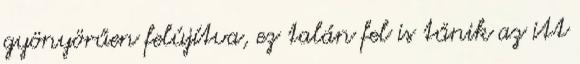
gyönyörűen felújítva, ez talán fel is tűnik az itt